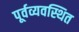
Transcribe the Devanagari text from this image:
पूर्वव्यवस्थित